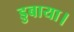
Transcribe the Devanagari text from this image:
डुबाया।